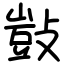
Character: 敱